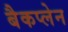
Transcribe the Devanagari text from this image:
बैकप्लेन